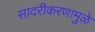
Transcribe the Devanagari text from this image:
सादरीकरणामुळे